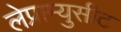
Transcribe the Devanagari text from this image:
लेप्राम्युसीट